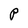
Character: P